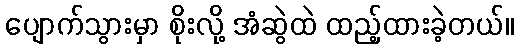
ပျောက်သွားမှာ စိုးလို့ အံဆွဲထဲ ထည့်ထားခဲ့တယ်။